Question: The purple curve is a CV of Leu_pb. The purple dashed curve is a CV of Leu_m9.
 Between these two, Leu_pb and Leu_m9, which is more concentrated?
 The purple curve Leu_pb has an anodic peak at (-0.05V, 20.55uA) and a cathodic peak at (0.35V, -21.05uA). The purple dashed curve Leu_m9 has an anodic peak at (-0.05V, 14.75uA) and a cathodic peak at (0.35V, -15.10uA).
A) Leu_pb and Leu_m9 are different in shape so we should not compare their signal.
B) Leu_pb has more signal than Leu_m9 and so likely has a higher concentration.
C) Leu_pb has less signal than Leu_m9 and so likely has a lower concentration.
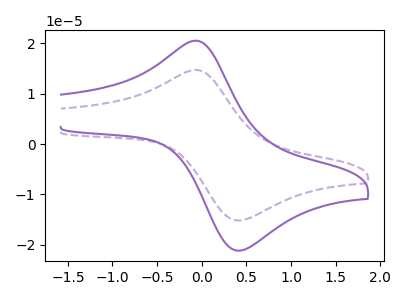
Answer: <think>All the peaks in "Leu_pb" have a peak in "Leu_m9" at the same potential. Every peak in "Leu_pb" is higher than every peak in "Leu_m9".
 </think>
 <answer>B) "Leu_pb" has more signal than "Leu_m9" and so likely has a higher concentration.</answer>
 <eval>B</eval>